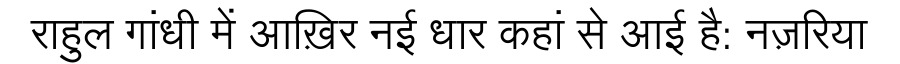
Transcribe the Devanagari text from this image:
राहुल गांधी में आख़िर नई धार कहां से आई है: नज़रिया